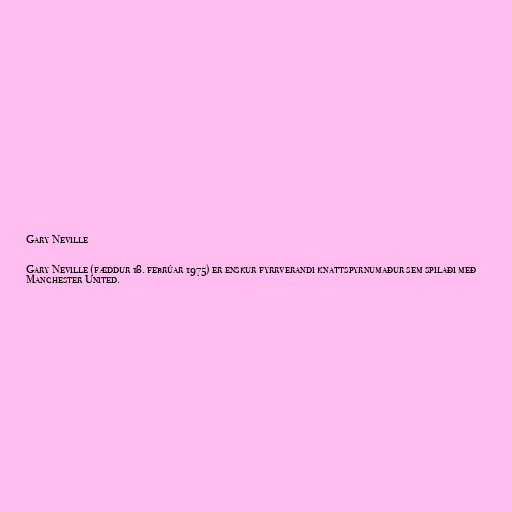
Gary Neville

Gary Neville (fæddur 18. febrúar 1975) er enskur fyrrverandi knattspyrnumaður sem spilaði með
Manchester United.